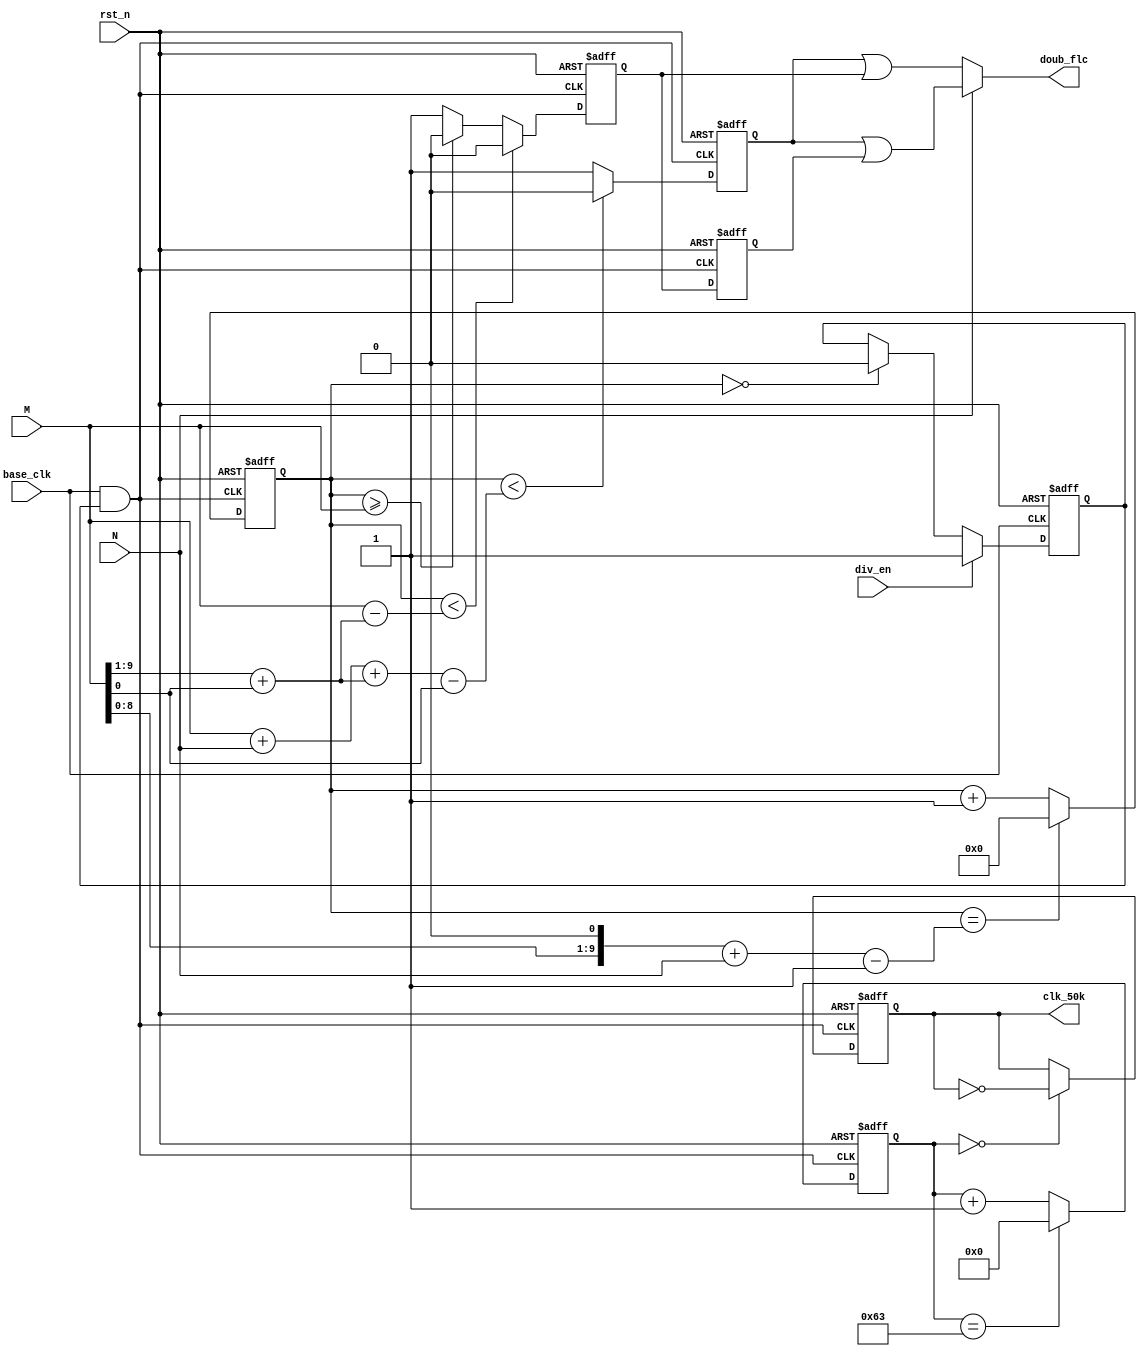
`timescale 1ns/1ns
`define UDLY #0

module DIV_FL(
                //inputs
                base_clk,
                rst_n,
                M,
                N,
                div_en,
                
                //outputs
                doub_flc,
                clk_50k
            );
            
    //inputs
    input             base_clk;
    input             rst_n;
    input    [9:0]    M;
    input             N;
    input             div_en;
    
    //outputs
    output            doub_flc;
    output            clk_50k;
    
    //regs
    reg               clk_50k;
    reg               div_clk_en;
    reg      [9:0]    div_cnt;                                    //The count for doub_flc.
    reg      [7:0]    k50_cnt;
    reg               clk_buf_a;
    reg               clk_buf_b;
    reg               clk_buf_c;    
   
    wire              div_clk;                                    //The clock for doub_flc.
    wire     [9:0]    max_cnt;                                    //determine the point that the div_cnt reset.
    wire     [9:0]    high_range;                                 //the range of a high level.
    wire     [9:0]    low_range;                                  //the range of a low level. 
        
    //********************************************************//
    
    always @(negedge base_clk or negedge rst_n)
    begin
        if(!rst_n)
            div_clk_en<=`UDLY 1'b0;
        else if(div_en)
            div_clk_en<=`UDLY 1'b1;
        else if(div_cnt==6'd0)
            div_clk_en<=`UDLY 1'b0;
        else
            div_clk_en<=`UDLY div_clk_en;
    end
    
    assign div_clk=base_clk&div_clk_en;
    
    //Generate the clock doub_flc.
    assign doub_flc=N?(clk_buf_a|clk_buf_c):(clk_buf_a|clk_buf_b);
    
    assign high_range={1'b0,M[9:1]}+M[0];           //(M+1)/2
    assign low_range=M+N+high_range-M[0];           //2*[M/2+N/2]
    
    assign max_cnt={M[8:0],1'b0}+N-1'b1;
    
        
    //Count for the doub_flc.
    always @(posedge div_clk or negedge rst_n)
    begin
        if(!rst_n)
            div_cnt<=`UDLY 10'd0;
        else if(div_cnt==max_cnt)
            div_cnt<=`UDLY 10'd0;
        else
            div_cnt<=`UDLY div_cnt+1'b1;
    end
    
    //Generate the prime clcok:clk_buf_a.
    always @(negedge div_clk or negedge rst_n)
    begin
        if(!rst_n)
            clk_buf_a<=`UDLY 1'b0;
        else if(div_cnt<low_range)
            clk_buf_a<=`UDLY 1'b0;
        else
            clk_buf_a<=`UDLY 1'b1;
    end 
    
    //Generate the prime clcok:clk_buf_b.
    always @(negedge div_clk or negedge rst_n)
    begin
        if(!rst_n)
            clk_buf_b<=`UDLY 1'b0;
        else if(div_cnt<M-high_range)
            clk_buf_b<=`UDLY 1'b0;
        else if(div_cnt>=M)
            clk_buf_b<=`UDLY 1'b0; 
        else
            clk_buf_b<=`UDLY 1'b1;
    end 
    
    //clk_buf_b delay and generate clk_buf_c.
    always @(posedge div_clk or negedge rst_n)
    begin
        if(!rst_n)
            clk_buf_c<=`UDLY 1'b0;
        else
            clk_buf_c<=`UDLY clk_buf_b;
    end
    
    //********************************************************//
    
    always @(posedge div_clk or negedge rst_n)
    begin
        if(!rst_n)
            k50_cnt<=`UDLY 8'd0;
        else if(k50_cnt==8'd99)
            k50_cnt<=`UDLY 8'd0;
        else
            k50_cnt<=`UDLY k50_cnt+1'b1;
    end
    
    always @(negedge div_clk or negedge rst_n)
    begin
        if(!rst_n)
            clk_50k<=`UDLY 1'b0;
        else if(k50_cnt==0)
            clk_50k<=`UDLY ~clk_50k;
        else
            clk_50k<=`UDLY clk_50k;
    end
       
endmodule